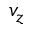
v _ { z }